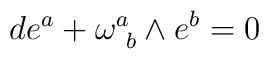
de^a+\omega^a_{\ b}\wedge e^b=0